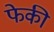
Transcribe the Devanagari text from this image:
फेकी